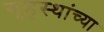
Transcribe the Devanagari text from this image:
गृहस्थांच्या